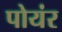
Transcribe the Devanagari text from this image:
पोयंर